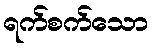
ရက်စက်သော